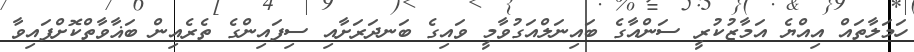
ހަމަލާތައް އިއްޔެ އަމާޒުކުރީ ސަންއާގެ ބައިނަލްއަގުވާމީ ވައިގެ ބަނދަރަށާއި ސިފައިންގެ ތެރެއިން ބަޣާވާތްކޮށްފައިވާ